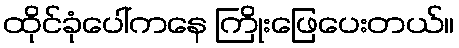
ထိုင်ခုံပေါ်ကနေ ကြိုးဖြေပေးတယ်။